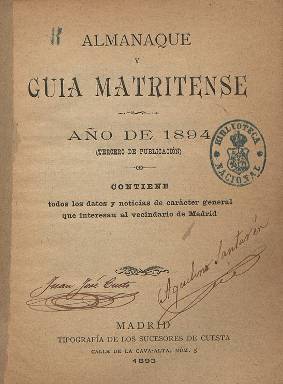
Título: Almanaque y guía matritense
Colección: Almanaques || Guías y directorios
Ámbito geográfico: Madrid
Lugar de publicación: Madrid
Fechas: 01/01/1894-31/12/1917

Esta completa guía madrileña comenzó a publicarse en 1892 y tal y como rezaba en su portada contenía todos los datos y noticias de carácter general que interesan al vecindario de Madrid. Comenzaba informando sobre la situación geográfica de la ciudad y el calendario con las efemérides astronómicas del año como los eclipses de Sol y Luna, para seguir con el santoral con el índice de nombres, antigüedad de algunas iglesias parroquiales con su dirección, así como de los conventos y oratorios, y las tarifas de los servicios religiosos: funerales, bautismos o matrimonios.

   Se daba información sobre la Familia Real española y los días en que la Corte se vestía de gala.  Cuando alcanzó la mayoría de edad se publicó el retrato del Rey Alfonso XIII y, una vez casado, el retrato con la Reina Victoria Eugenia.

  En la guía podían consultarse la procedencia y la llegada de los trenes a la estaciones de Atocha, del Norte y Delicias, así como las salidas de Madrid y los precios de los billetes; los servicios municipales en cada distrito; las tarifas de Correos y Telégrafos, así como de Teléfonos; los puntos de parada de los carruajes de caballos, sus tarifas y la de los tranvías; las direcciones de los teatros y otros espectáculos públicos como la plaza de toros y el hipódromo; una relación de los establecimientos balnearios de España y los hoteles y fondas principales.

  Como dato curioso, los incendios se anunciaban con las campanadas de las parroquias de cada distrito y para indicar el barrio concreto los toques se hacían con una campana de timbre más fino.

   La guía contaba también con información de las academias, baños, asilos, casinos, colegios, compañías, museos, oficinas, sociedades y otros centros y corporaciones importantes, así como una relación de las calles de la ciudad con sus entradas y salidas y las parroquias a las que pertenecían.

   A medida que pasaban los años la publicación incorporó novedades como el plano actualizado de Madrid, así como fotografías publicitarias, dado que los anuncios fueron ganando cada vez más terreno como medio para financiar la guía.

[Descripción publicada el 10/09/2018]